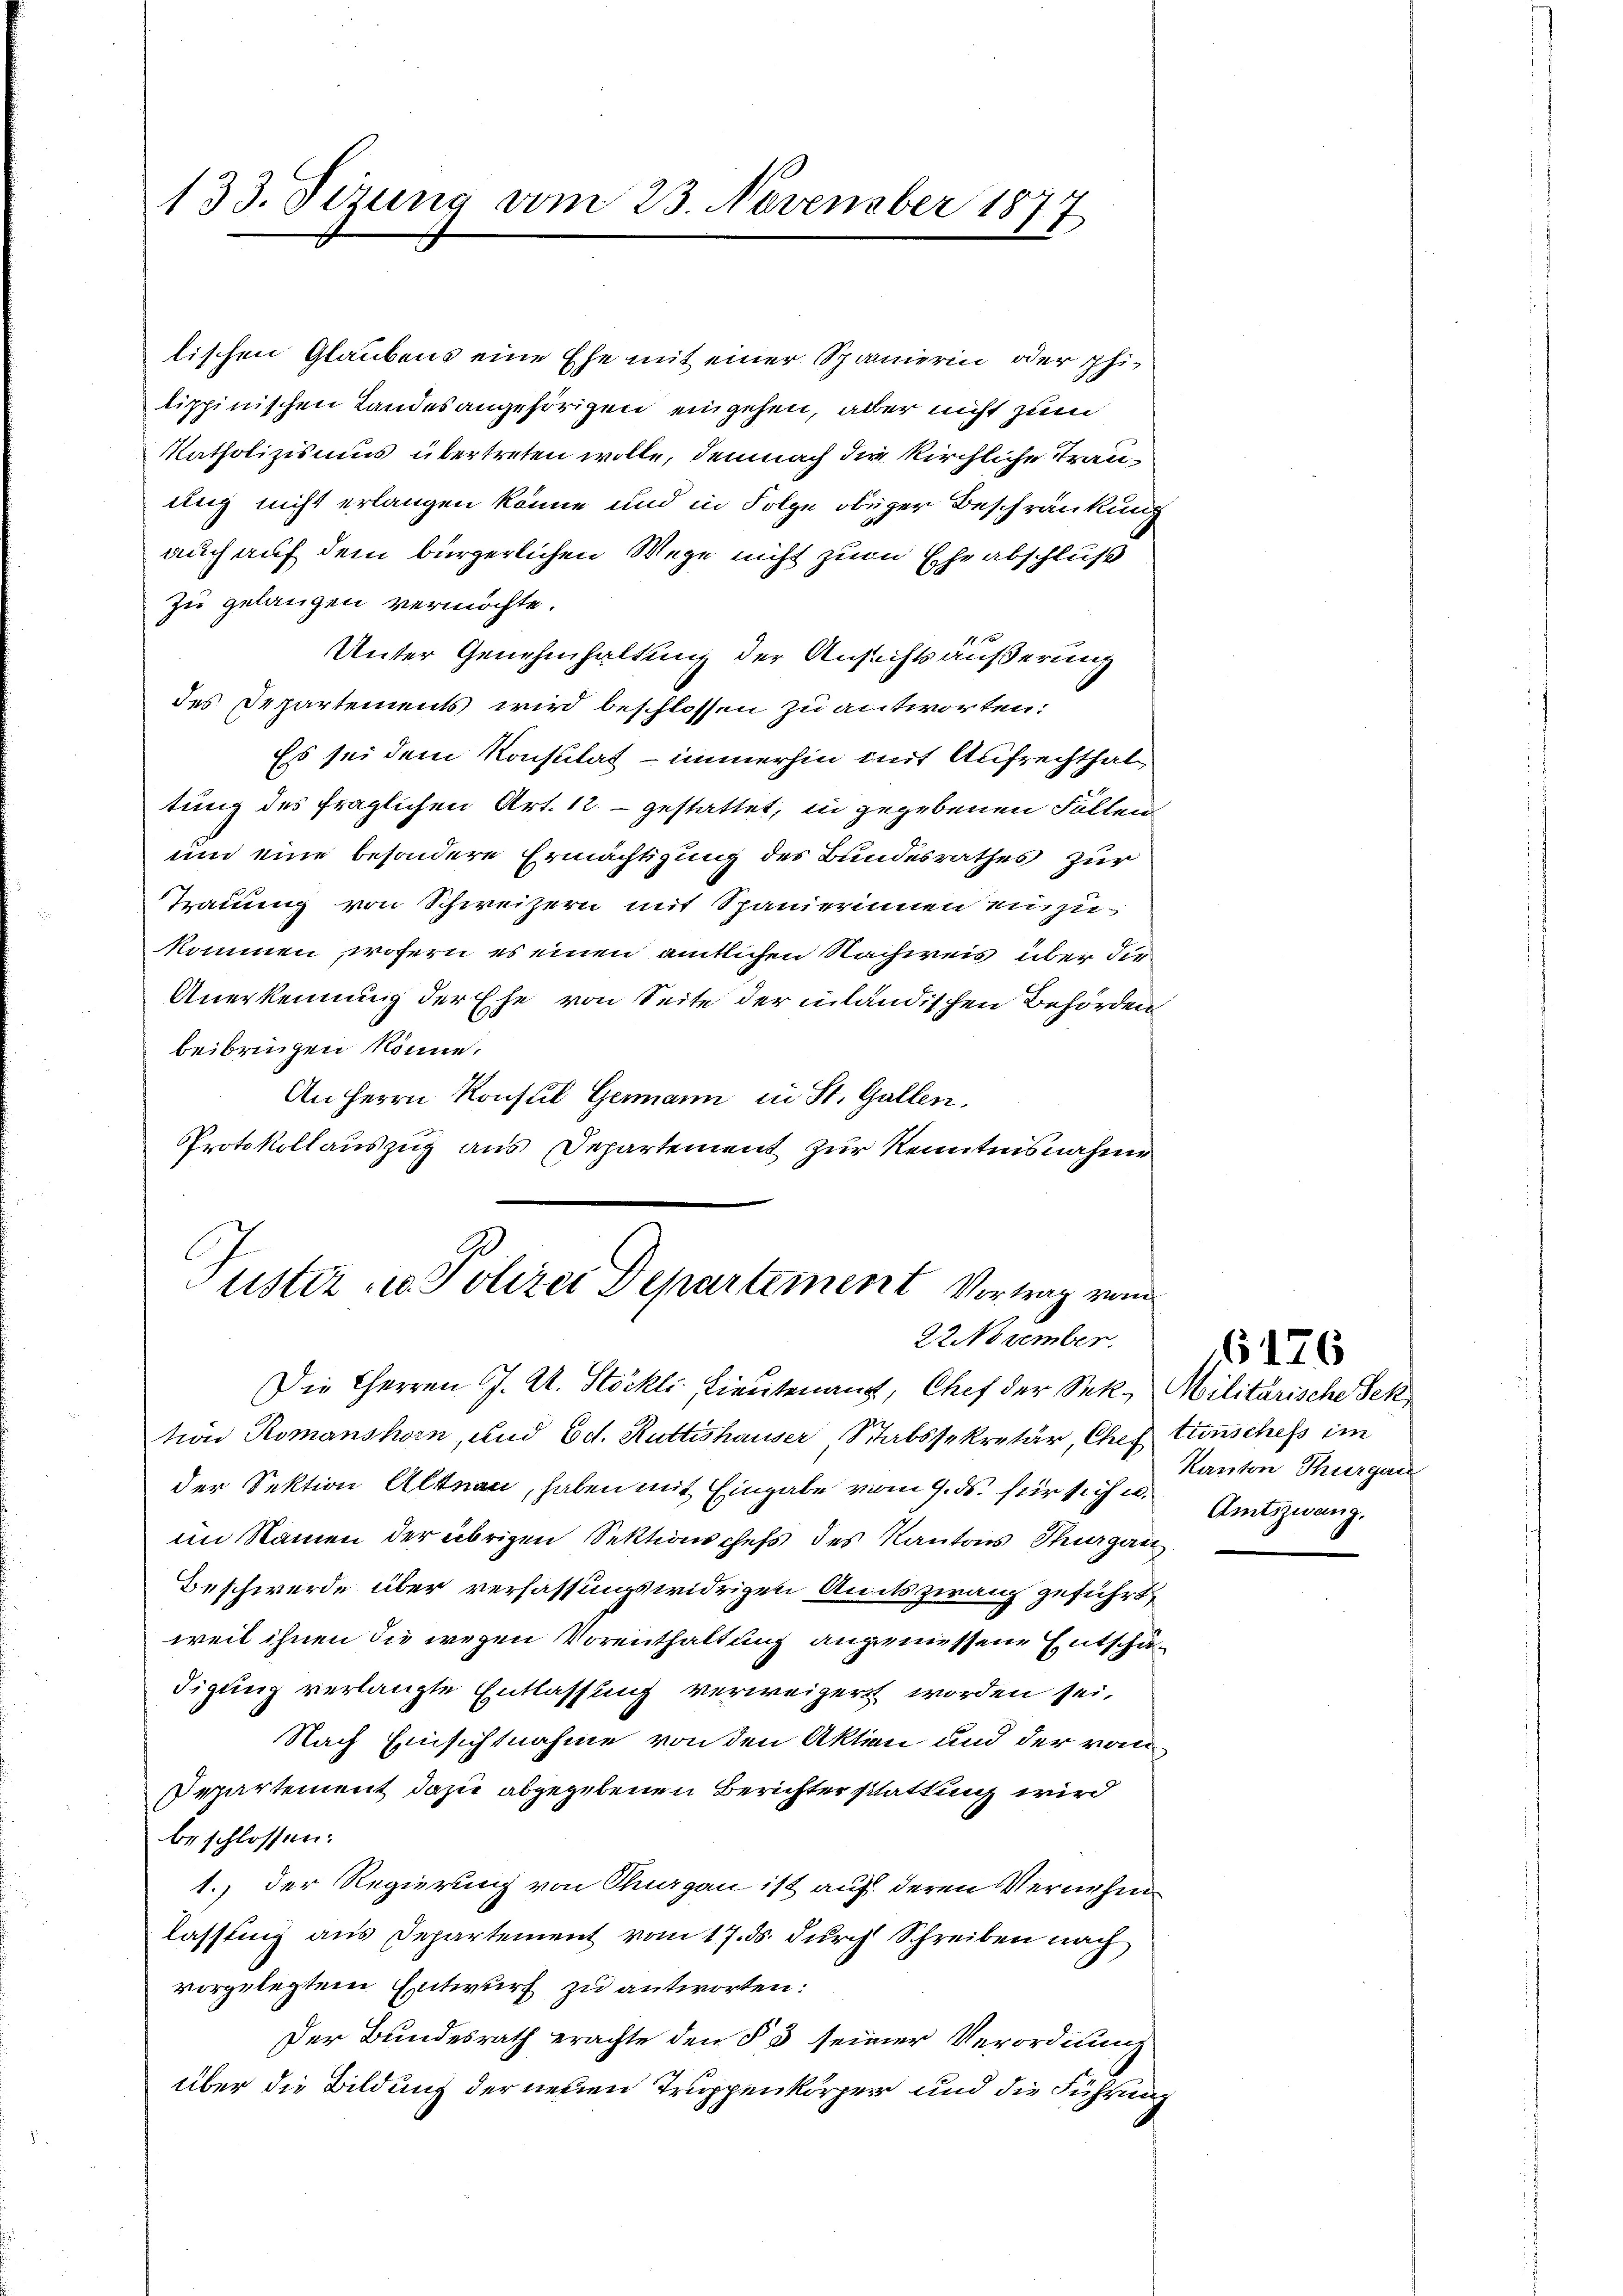
133. Tizung vom 23. November 1877

lischen Glaubens eine Ehe mit einer Spanierin oder phitippinischen Landesangehörigen eingehen, aber nicht zum
Katholizismus übertreten wolle, demnach die kirchliche Trauung nicht erlangen könne und in Folge obiger Beschränkung
auch auf dem bürgerlichen Wege nicht zum Eheabschluß
zu gelangen vermöchte.

Unter Genehmhaltung der Ansichts äußerung
des Departements wird beschlossen zu antworten:
Es sei dem Konsulat - immerhin mit Aufrechthaltung des fraglichen Art. 12. - gestattet, in gegebenen Fallen
um eine besondere Ermächtigung des Bundesrathes zur
Trauung von Schweizern mit Spanierinnen einzu
kommen, wofern es einen amtlichen Nachweis über die
Anerkennung der Ehe von Seite der inländischen Behörden
beibringen könne.
An Herrn Konsul Germann in St. Gallen,
Protokollauszug aus Departement zur Kenntnisnahme

Puster u. Polizei Departement Vortrag vom
22 November.

Die Herren J. A. Stöckli Lieutenauf, Chef der Sek. Militärische Sektron Romanshorn, und Ed. Rüttishauser Stabssekretär, Chef tunsches im
der Sektion Altnau, haben mit Eingabe vom 9. ds. für siche Amtszwang.
im Namen der übrigen Sektionschefs des Kantons Thurgau
Beschwerde über verfassungswidrigen Anitszwang zuführt,
weil ihnen die wegen Vorenthaltung angemessene Entschädigung verlangte Entlassung verweigert worden sei.
Nach Einsichtnahme von den Akten und der von
Departement dazu abgegebenen Berichter stattung wird
beschlossen:
1. Der Regierung von Sargau ist auf deren Vernehm
lassung aus Departement vom 17. ds. durch Schreiben nach
vorgelegtem Entwurf zu antworten:
Der Bundesrath erachte den § 3 seiner Verordnung
über die Bildung der neuen Truppenkörper und die Führung

Kanton Thurgau

176